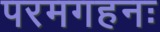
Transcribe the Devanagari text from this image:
परमगहनः